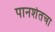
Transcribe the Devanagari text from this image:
पानशेतचा